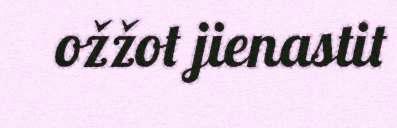
ožžot jienastit